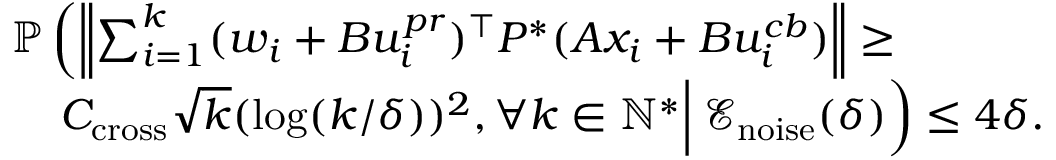
\begin{array} { r l } & { \mathbb { P } \left( \left\| \sum _ { i = 1 } ^ { k } ( w _ { i } + B u _ { i } ^ { p r } ) ^ { \top } P ^ { * } ( A x _ { i } + B u _ { i } ^ { c b } ) \right\| \geq \right. } \\ & { \quad \left. \vphantom { \sum _ { i } ^ { i } } C _ { \mathrm { c r o s s } } \sqrt { k } ( \log ( k / \delta ) ) ^ { 2 } , \forall k \in \mathbb { N } ^ { * } \right| \left. \mathcal { E } _ { \mathrm { n o i s e } } ( \delta ) \vphantom { \sum _ { i } ^ { i } } \right) \leq 4 \delta . } \end{array}